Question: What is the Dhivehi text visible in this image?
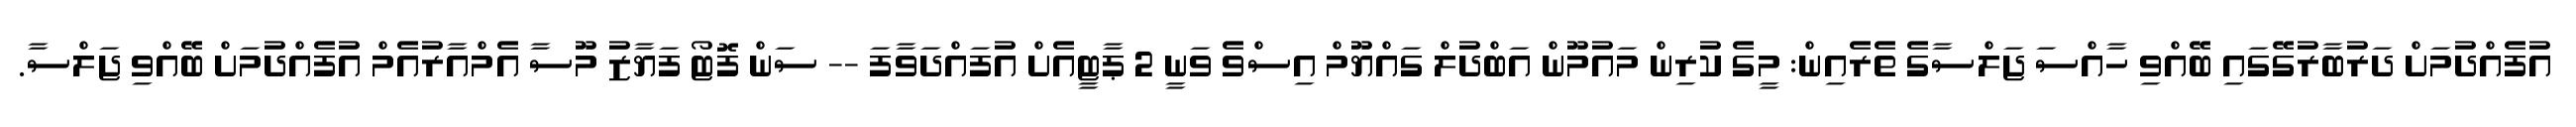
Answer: އުފެއްދުމަށް ދަރުބާރުގޭގައި ބޭއްވި ހާއްސަ ޖަލްސާގެ ތެރެއިން: މީގެ ކުރިން މައުމޫން އަބްދުލް ގައްޔޫމް އިސްވެ ވަނީ 2 ޕާޓީއެށް އުފައްދަވާފަ -- ސަން ފޮޓޯ ފަޔާޒު މޫސާ އެމްއާރުއެމް އުފެއްދުމަށް ބޭއްވި ޖަލްސާ.